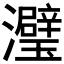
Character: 𬉭